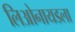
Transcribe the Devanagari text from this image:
लिओनायडला